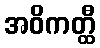
အဝိကတ္ထီ